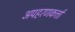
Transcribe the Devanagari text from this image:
अपहरणकर्त्ता